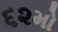
૬૨મો